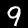
Label: 9